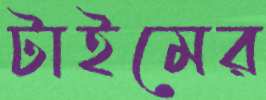
টাইমের